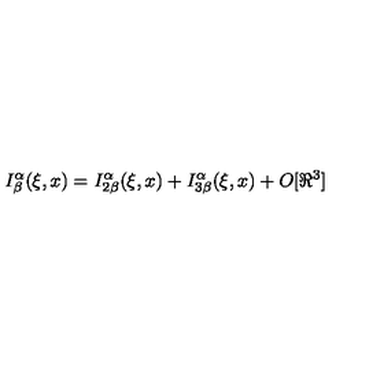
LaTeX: I _ { \beta } ^ { \alpha } ( \xi , x ) = I _ { 2 \beta } ^ { \alpha } ( \xi , x ) + I _ { 3 \beta } ^ { \alpha } ( \xi , x ) + O [ \Re ^ { 3 } ]